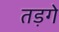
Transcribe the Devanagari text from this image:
तड़गे